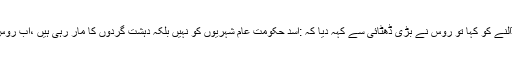
شام کے حامی و مددگار روس سے جب امریکہ نے اسد حکومت کو حملے روکنے کے لئے دباؤ ڈالنے کو کہا تو روس نے بڑی ڈھٹائی سے کہہ دیا کہ :اسد حکومت عام شہریوں کو نہیں بلکہ دہشت گردوں کا مار رہی ہیں ،اب روس ہی بتائے کہ القدس اسپتال میں جس بچہ کا منھ ماں کے پستان میں تھا وہ کتنا بڑا دہشت گرد تھا !